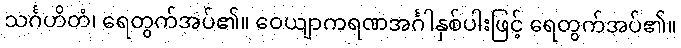
သင်္ဂဟိတံ၊ ရေတွက်အပ်၏။ ဝေယျာကရဏအင်္ဂါနှစ်ပါးဖြင့် ရေတွက်အပ်၏။